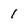
Character: 1